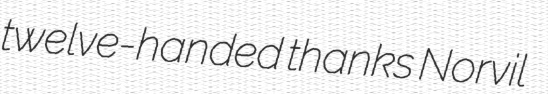
twelve-handed thanks Norvil